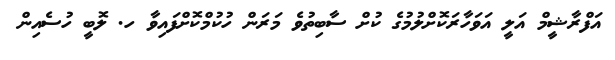
އަފްރާޝީމް އަލީ އަވަހާރަކޮށްލުމުގެ ކުށް ސާބިތުވެ މަރަން ހުކުމްކޮށްފައިވާ ހ. ލޮބީ ހުސެއިން